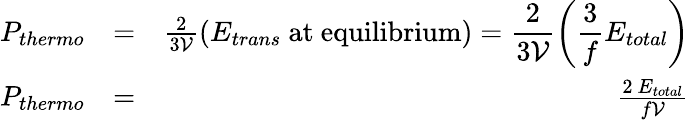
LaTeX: \begin{array}{rlr}{P_{thermo}}&{=}&{\frac{2}{3\mathcal{V}}\displaystyle\left(E_{trans}~\mathrm{at~equilibrium}\right)=\frac{2}{3\mathcal{V}}\left(\frac{3}{f}E_{total}\right)}\\ {P_{{thermo}}}&{=}&{\frac{2~E_{total}}{f\mathcal{V}}}\end{array}